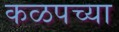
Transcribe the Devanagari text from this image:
कळपच्या